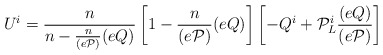
\begin{align*}U^{i} = \frac{n}{n-\frac{n}{(e{\cal P})}(eQ)} \left[1-\frac{n}{(e{\cal P})}(eQ)\right] \left[-Q^{i} + {\cal P}^{i}_{L}\frac{(eQ)}{(e{\cal P})}\right] \end{align*}